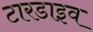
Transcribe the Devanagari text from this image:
टारडाइव